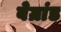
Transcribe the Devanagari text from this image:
बेग्रांड